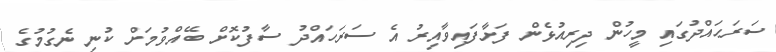
ސަރަޙައްދުގައި މީހުން ދިރިއުޅެން ފަށާފައިވާއިރު އެ ސަރަހައްދު ސާފުކޮށް ބޭއްވުމަށް ކުނި ނެގުމުގެ